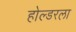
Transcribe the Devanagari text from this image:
होल्डरला